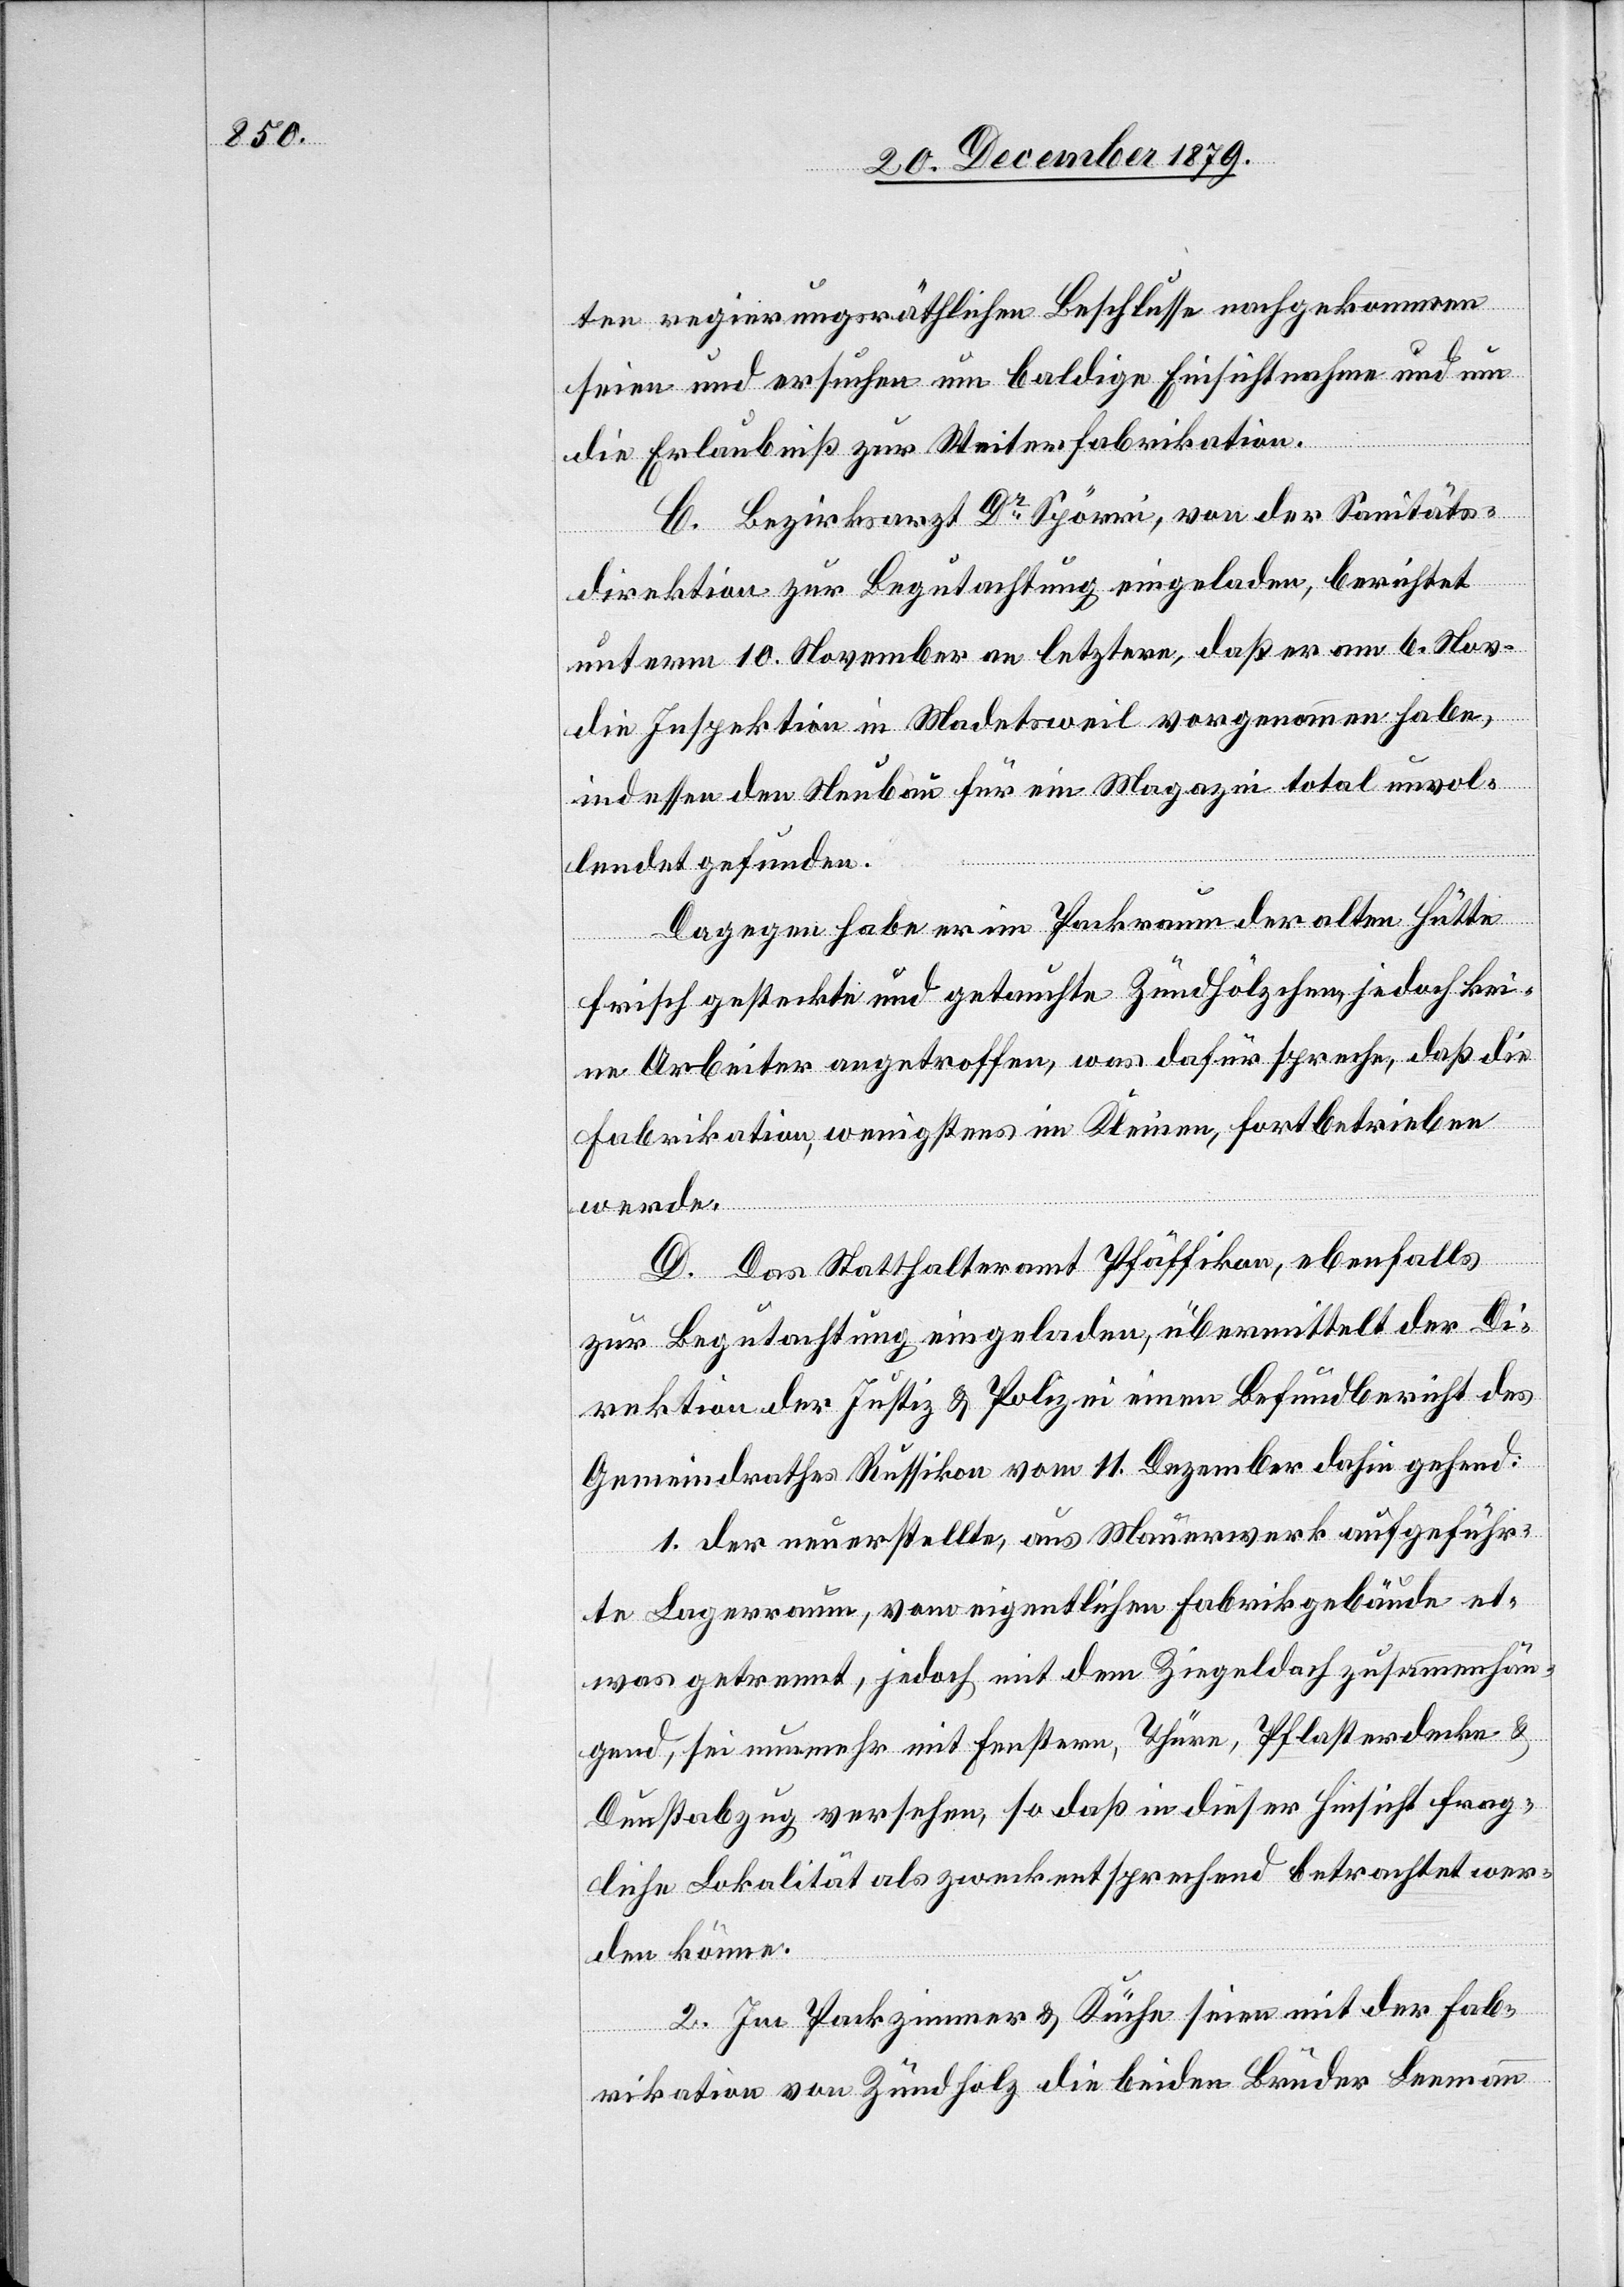
ten regierungsräthlichen Beschlusse nachgekommen
seien und ersuchen um baldige Einsichtnahme und um
die Erlaubniß zur Weiterfabrikation.
C. Bezirksarzt Dr Spörri, von der Sanitäts¬
direktion zur Begutachtung eingeladen, berichtet
unterm 10. November an letztere, daß er am 6. Nov.
die Inspektion in Madetsweil vorgenommen habe,
indessen den Neubau für ein Magazin total unvol¬
lendet gefunden.
Dagegen habe er im Packraum der alten Hütte
frisch gesteckte und getauchte Zündhölzchen, jedoch kei¬
ne Arbeiter angetroffen, was dafür spreche, daß die
Fabrikation, wenigstens im Kleinen, fortbetrieben
werde.
D. Das Statthalteramt Pfäffikon, ebenfalls
zur Begutachtung eingeladen, übermittelt der Di¬
rektion der Justiz & Polizei einen Befundbericht des
Gemeindrathes Russikon vom 11. Dezember dahin gehend:
1. Der neuerstellte, aus Mauerwerk aufgeführ¬
te Lagerraum, vom eigentlichen Fabrikgebäude et¬
was getrennt, jedoch mit dem Ziegeldach zusammenhän¬
gend, sei nunmehr mit Fenstern, Thüren, Pflasterdecke &
Dunstabzug versehen, so daß in dieser Hinsicht frag¬
liche Lokalität als zweckentsprechend betrachtet wer¬
den könne.
2. Im Packzimmer & Küche seien mit der Fab¬
rikation von Zündhölzchen die beiden Brüder Leemann